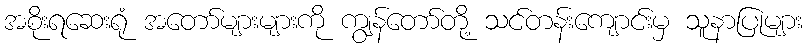
အစိုးရဆေးရုံ အတော်များများကို ကျွန်တော်တို့ သင်တန်းကျောင်းမှ သူနာပြုများ